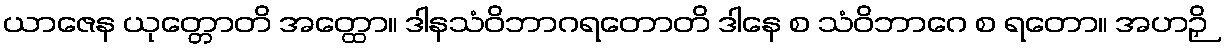
ယာဇေန ယုတ္တောတိ အတ္ထော။ ဒါနသံဝိဘာဂရတောတိ ဒါနေ စ သံဝိဘာဂေ စ ရတော။ အဟဉှိ